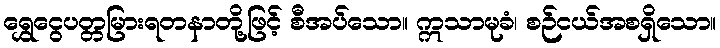
ရွှေငွေပတ္တမြားရတနာတို့ဖြင့် စီအပ်သော။ ဣသာမုခံ၊ စဉ်ငယ်အစရှိသော။